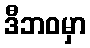
ဒီဘဝမှာ